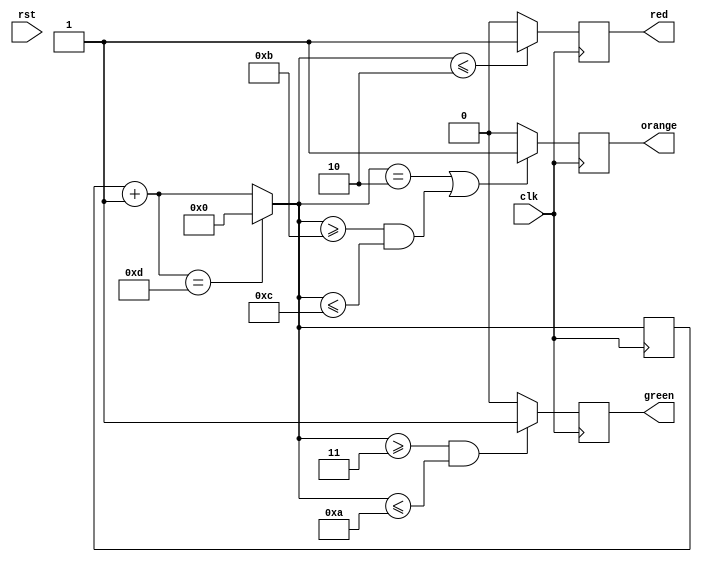
`timescale 1ns / 1ps
//////////////////////////////////////////////////////////////////////////////////
// Company: 
// Engineer: 
// 
// Design Name: 
// Module Name: trafficLights
// Project Name: 
// Target Devices: 
// Tool Versions: 
// Description: 
// 
// Dependencies: 
// 
// Revision:
// Revision 0.01 - File Created
// Additional Comments:
// 
//////////////////////////////////////////////////////////////////////////////////


module trafficLights(
    output red,
    output orange,
    output green,
    input clk,
    input rst
);
    reg [3:0] cycles;
    reg red_reg;
    reg orange_reg;
    reg green_reg;

initial begin
    red_reg = 0;
    orange_reg = 0;
    green_reg = 0;
    cycles = 0;
end

assign red = red_reg;
assign orange = orange_reg;
assign green = green_reg;  

always @(posedge clk) begin
cycles = cycles + 1;    

    if (cycles == 13)
        cycles = 0;
        
    if (cycles <= 2)
        red_reg = 1;
    else
        red_reg <= 0;
    
    if ((cycles == 2) | (cycles >= 11 & cycles <= 12))
        orange_reg <= 1;
    else
        orange_reg <= 0;
    
    if (cycles >= 3 & cycles <= 10)
        green_reg <= 1;
    else
        green_reg <= 0;
end

endmodule